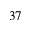
3 7